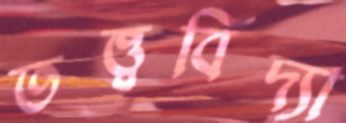
তত্ত্ববিদ্যা